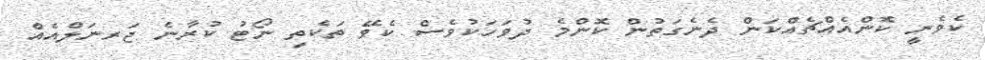
ކެވެނީ ކޮންއެއްޗެއްކަން ދެނެގަތުން ކޮންމެ ދުވަހަކުވެސް ކެވޭ ތަކެތި ނޯޓު ކުރާނެ ޖަރނަލްއެއް